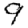
Digit: 9